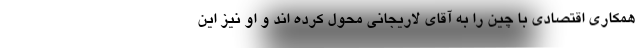
همکاری اقتصادی با چین را به آقای لاریجانی محول کرده اند و او نیز این